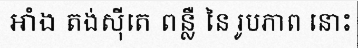
អាំង តង់ស៊ីតេ ពន្លឺ នៃ រូបភាព នោះ